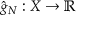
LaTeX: { \hat { g } } _ { N } : X \rightarrow \mathbb { R }